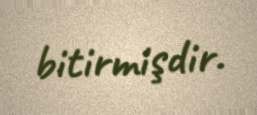
bitirmişdir.